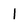
Character: 1